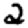
Digit: 2